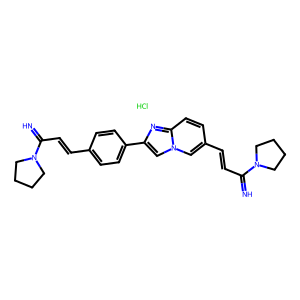
SMILES: Cl.N=C(C=Cc1ccc(-c2cn3cc(C=CC(=N)N4CCCC4)ccc3n2)cc1)N1CCCC1
Inhibits HIV replication: Yes